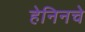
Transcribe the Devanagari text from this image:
हेनिनचे